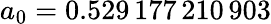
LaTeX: a_{0}=0.529\, 177\, 210\, 903